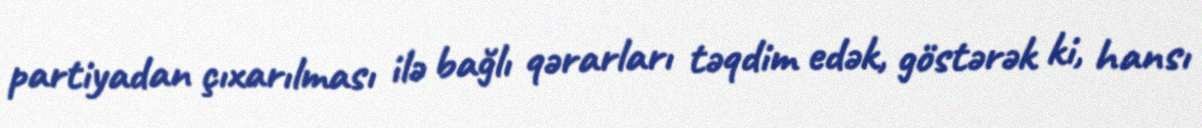
partiyadan çıxarılması ilə bağlı qərarları təqdim edək, göstərək ki, hansı